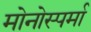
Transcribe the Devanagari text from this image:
मोनोस्पर्मा